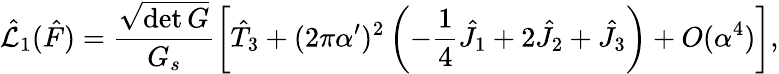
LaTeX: \hat{{\cal L}}_{1}(\hat{F})=\frac{\sqrt{\operatorname*{det}G}}{G_{s}}\left[\hat{T}_{3}+(2\pi\alpha^{\prime})^{2}\left(-\frac{1}{4}\hat{J}_{1}+2\hat{J}_{2}+\hat{J}_{3}\right)+O(\alpha^{4})\right],